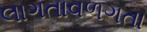
લાગતાવળગતા